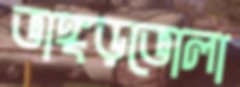
ভাঙ্গড়ভোলা